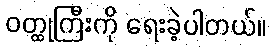
ဝတ္ထုကြီးကို ရေးခဲ့ပါတယ်။